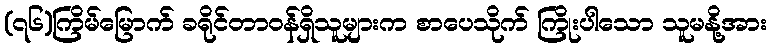
(၇၆)ကြိမ်မြောက် ခရိုင်တာဝန်ရှိသူများက စာပေသိုက် ကြိုးပါသော သူမနို့အား